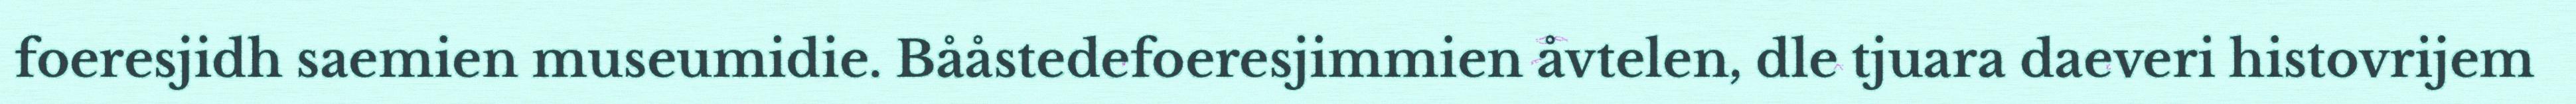
foeresjidh saemien museumidie. Bååstedefoeresjimmien åvtelen, dle tjuara daeveri histovrijem